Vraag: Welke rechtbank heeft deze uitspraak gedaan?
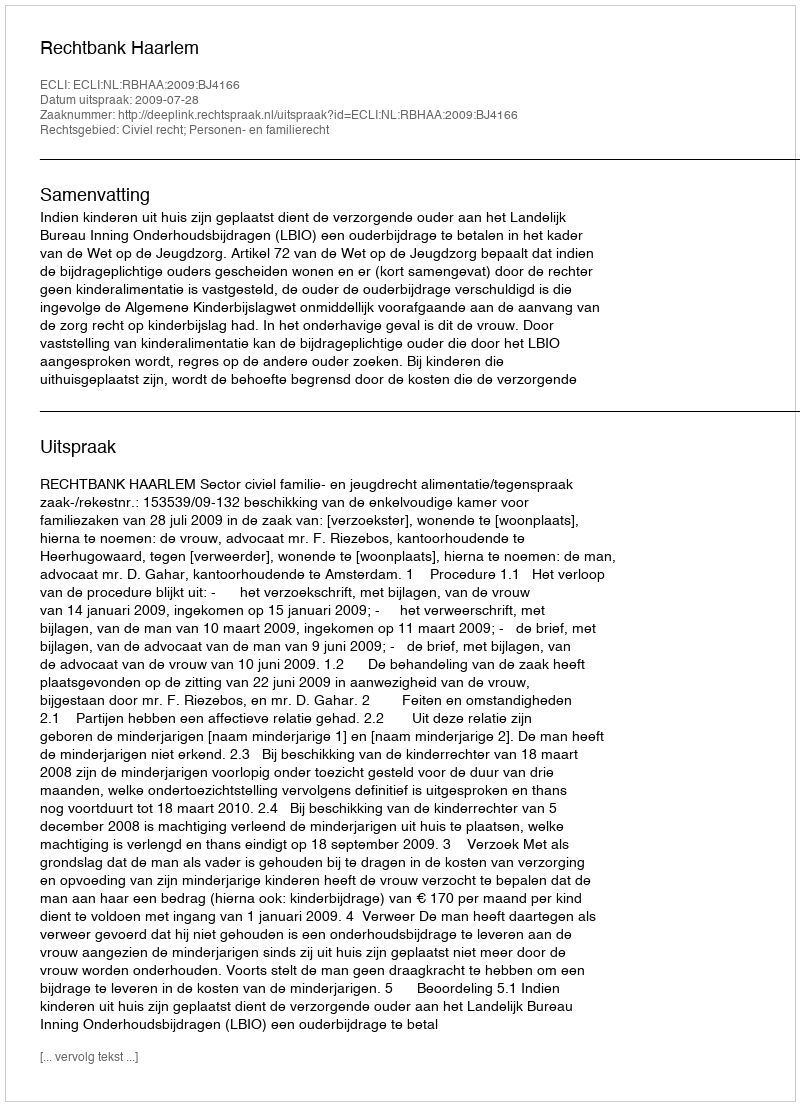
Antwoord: Rechtbank Haarlem